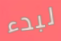
لبدء